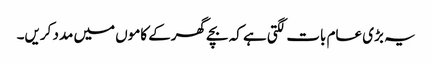
یہ بڑی عام بات لگتی ہے کہ بچے گھرکے کاموں میں مدد کریں۔